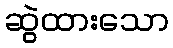
ဆွဲထားသော